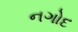
નગોદ